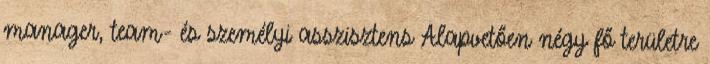
manager, team- és személyi asszisztens Alapvetően négy fő területre